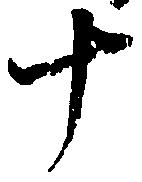
十